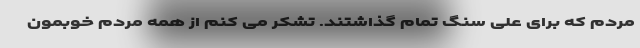
مردم که برای علی سنگ تمام گذاشتند. تشکر می کنم از همه مردم خوبمون